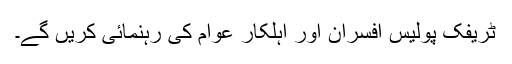
ٹریفک پولیس افسران اور اہلکار عوام کی رہنمائی کریں گے۔